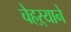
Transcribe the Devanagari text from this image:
चेहऱ्याने